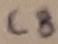
Text: C8